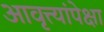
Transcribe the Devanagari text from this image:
आवृत्त्यांपेक्षा